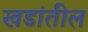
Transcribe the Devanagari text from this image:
खडांतील